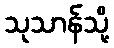
သုသာန်သို့